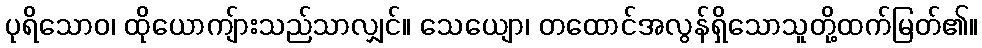
ပုရိသောဝ၊ ထိုယောကျ်ားသည်သာလျှင်။ သေယျော၊ တထောင်အလွန်ရှိသောသူတို့ထက်မြတ်၏။